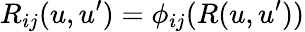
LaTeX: R_{ij}(u,u^{\prime})=\phi_{ij}(R(u,u^{\prime}))